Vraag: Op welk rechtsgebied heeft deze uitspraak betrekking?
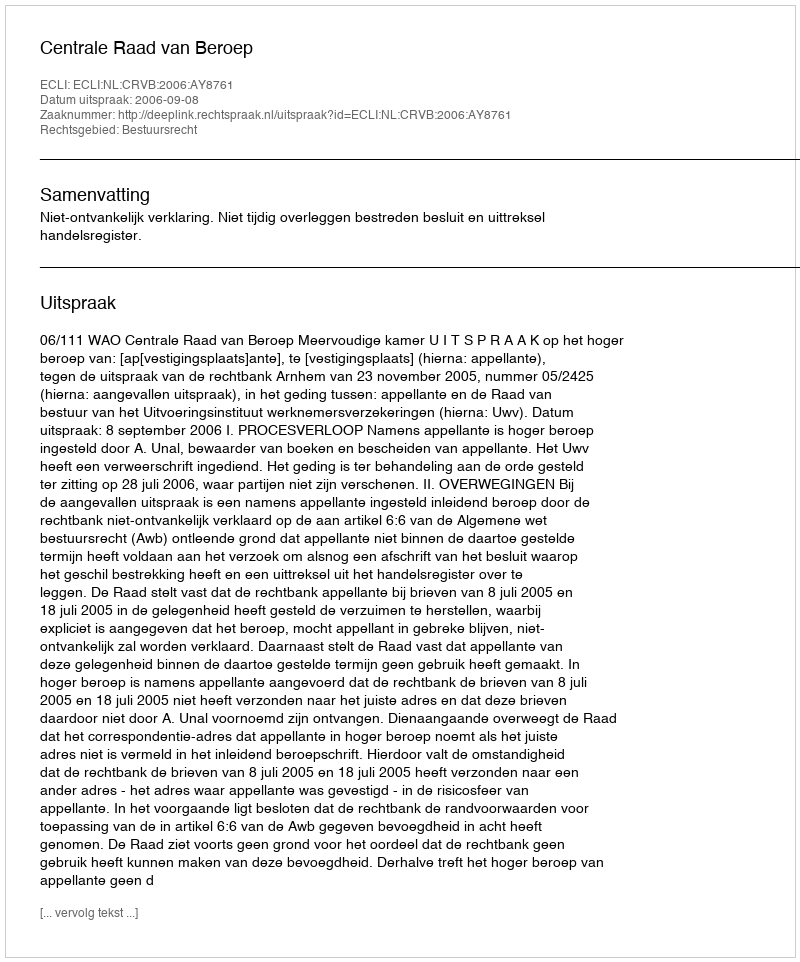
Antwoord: Bestuursrecht